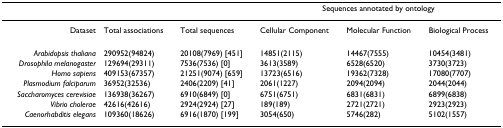
<table><thead><tr><td></td><td></td><td></td><td colspan="3"><b>Sequences annotated by ontology</b></td></tr></thead><tbody><tr><td>Dataset</td><td>Total associations</td><td>Total sequences</td><td>Cellular Component</td><td>Molecular Function</td><td>Biological Process</td></tr><tr><td><i>Arabidopsis thaliana</i></td><td>290952(94824)</td><td>20108(7969) [451]</td><td>14851(2115)</td><td>14467(7555)</td><td>10454(3481)</td></tr><tr><td><i>Drosophila melanogaster</i></td><td>129694(29311)</td><td>7536(7536) [0]</td><td>3613(3589)</td><td>6528(6520)</td><td>3730(3723)</td></tr><tr><td><i>Homo sapiens</i></td><td>409153(67357)</td><td>21251(9074) [659]</td><td>13723(6516)</td><td>19362(7328)</td><td>17080(7707)</td></tr><tr><td><i>Plasmodium falciparum</i></td><td>36952(32536)</td><td>2406(2209) [41]</td><td>2061(1227)</td><td>2094(2094)</td><td>2044(2044)</td></tr><tr><td><i>Saccharomyces cerevisiae</i></td><td>136938(36267)</td><td>6910(6849) [0]</td><td>6751(6751)</td><td>6831(6831)</td><td>6899(6838)</td></tr><tr><td><i>Vibrio cholerae</i></td><td>42616(42616)</td><td>2924(2924) [27]</td><td>189(189)</td><td>2721(2721)</td><td>2923(2923)</td></tr><tr><td><i>Caenorhabditis elegans</i></td><td>109360(18626)</td><td>6916(1870) [199]</td><td>3054(650)</td><td>5746(282)</td><td>5102(1557)</td></tr></tbody></table>